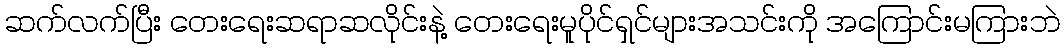
ဆက်လက်ပြီး တေးရေးဆရာဆလိုင်းနဲ့ တေးရေးမူပိုင်ရှင်များအသင်းကို အကြောင်းမကြားဘဲ